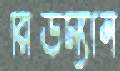
রিডম্যান